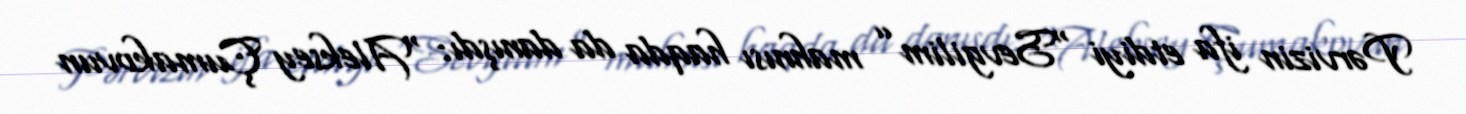
Pərvizin ifa etdiyi “Sevgilim” mahnısı haqda da danışdı: “Aleksey Çumakovun